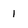
Character: l